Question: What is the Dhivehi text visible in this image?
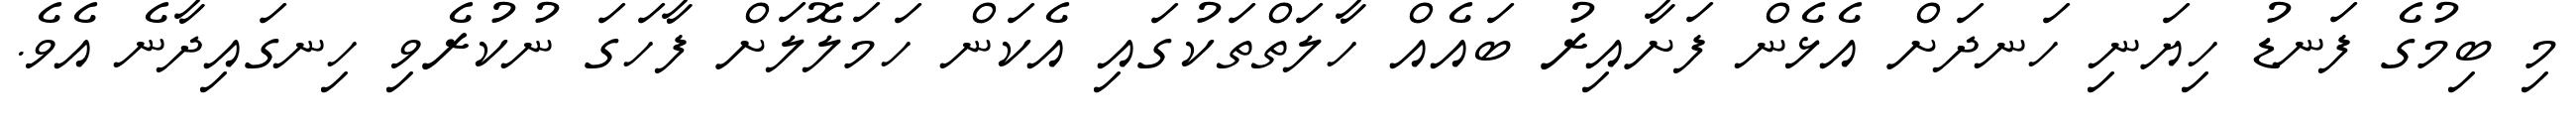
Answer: މި ބިމުގެ ފަނޑު ހިޔަނި ހަނދަށް އެޅެން ފަށާއިރު ބައެއް ހާލަތްތަކުގައި އެކަން ހަމަލޮލަށް ފާހަގަ ނުކުރެވި ހިނގައިދާނެ އެވެ.